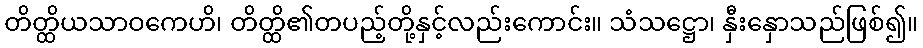
တိတ္ထိယသာဝကေဟိ၊ တိတ္ထိ၏တပည့်တို့နှင့်လည်းကောင်း။ သံသဋ္ဌော၊ နှီးနှောသည်ဖြစ်၍။